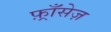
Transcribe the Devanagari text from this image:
फ़्राँसेज़